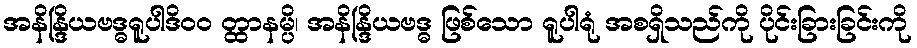
အနိန္ဒြိယဗဒ္ဓရူပါဒိ၀၀ တ္ထာနမ္ပိ၊ အနိန္ဒြိယဗဒ္ဓ ဖြစ်သော ရူပါရုံ အစရှိသည်ကို ပိုင်းခြားခြင်းကို